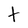
Character: t